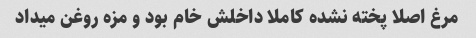
مرغ اصلا پخته نشده کاملا داخلش خام بود و مزه روغن میداد